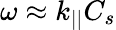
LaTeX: \omega\approx k_{||}C_{s}